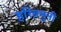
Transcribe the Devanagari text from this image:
हरितमुनी